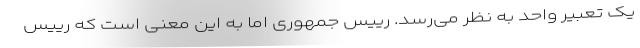
یک تعبیر واحد به نظر می‌رسد. رییس جمهوری اما به این معنی است که رییس